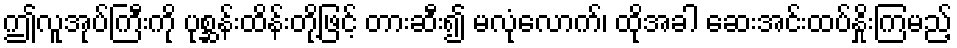
ဤလူအုပ်ကြီးကို ပုစ္ဆန်းထိန်းတို့ဖြင့် တားဆီး၍ မလုံလောက်၊ ထိုအခါ ဆေးအင်းထပ်နှိုးကြမည့်